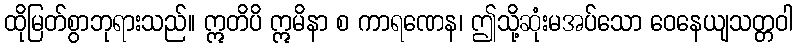
ထိုမြတ်စွာဘုရားသည်။ ဣတိပိ ဣမိနာ စ ကာရဏေန၊ ဤသို့ဆုံးမအပ်သော ဝေနေယျသတ္တဝါ